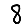
Digit: 8